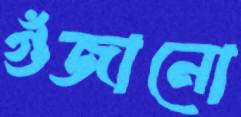
গুঁজানো